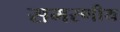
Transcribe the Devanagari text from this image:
समरणीय